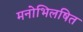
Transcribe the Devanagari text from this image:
मनोभिलषित